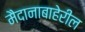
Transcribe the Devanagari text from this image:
मैदानाबाहेरील